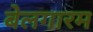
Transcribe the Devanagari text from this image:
बेलगारम